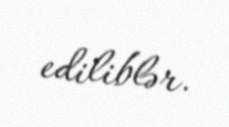
ediliblər.